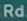
Rd